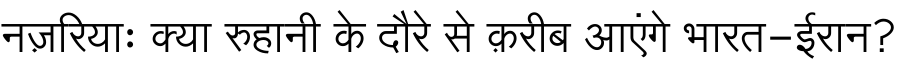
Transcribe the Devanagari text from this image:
नज़रियाः क्या रुहानी के दौरे से क़रीब आएंगे भारत-ईरान?